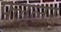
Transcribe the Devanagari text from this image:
फ्लूलर